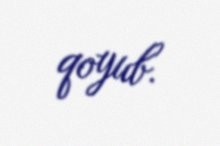
qoyub.